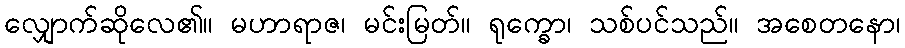
လျှောက်ဆိုလေ၏။ မဟာရာဇ၊ မင်းမြတ်။ ရုက္ခော၊ သစ်ပင်သည်။ အစေတနော၊